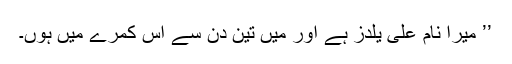
’’ میرا نام علی یلدز ہے اور میں تین دن سے اس کمرے میں ہوں۔